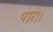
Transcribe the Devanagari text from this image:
पारं।।